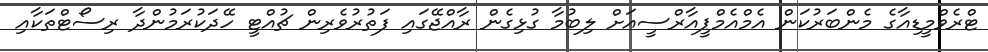
ޓްރެވްމީޑިއާގެ މެންބަރުކަން އެމްއެމްޕީއާރްސީއަށް ލިބުމާ ގުޅިގެން ރާއްޖޭގައި ފަތުރުވެރިން ޗުއްޓީ ހޭދަކުރަމުންދާ ރިސޯޓްތަކާއި